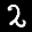
Label: 2